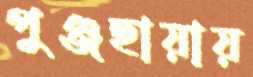
পুঞ্জছায়ায়